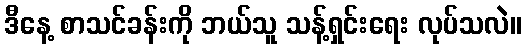
ဒီနေ့ စာသင်ခန်းကို ဘယ်သူ သန့်ရှင်းရေး လုပ်သလဲ။